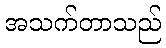
အသက်တာသည်